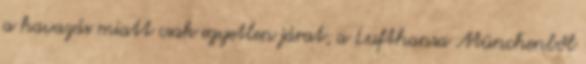
a havazás miatt csak egyetlen járat, a Lufthansa Münchenből